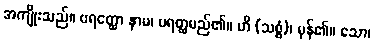
အကျိုးသည်။ ပရတ္ထော နာမ၊ ပရတ္ထမည်၏။ ဟိ (သစ္စံ)၊ မှန်၏။ သော၊